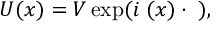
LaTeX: U ( x ) = V \exp ( i { \bf \Theta } ( x ) \cdot { \bf \sigma } ) ,